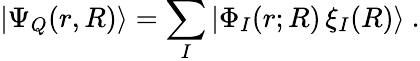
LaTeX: |\Psi_{Q}(r,R)\rangle=\sum_{I}|\Phi_{I}(r;R)\, \xi_{I}(R)\rangle~.